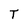
Character: T